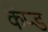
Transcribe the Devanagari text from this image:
कॅप्ड